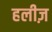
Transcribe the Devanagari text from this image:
हलीज़